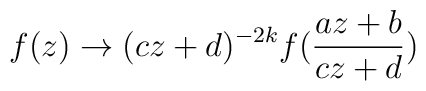
f(z) \rightarrow (c z + d)^{- 2 k} f(\frac{a z + b}{c z + d})